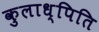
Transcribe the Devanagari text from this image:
कुलाध्पिति